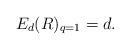
LaTeX: \begin{align*} E_d(R)_{q=1} = d.\end{align*}